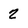
Character: 2